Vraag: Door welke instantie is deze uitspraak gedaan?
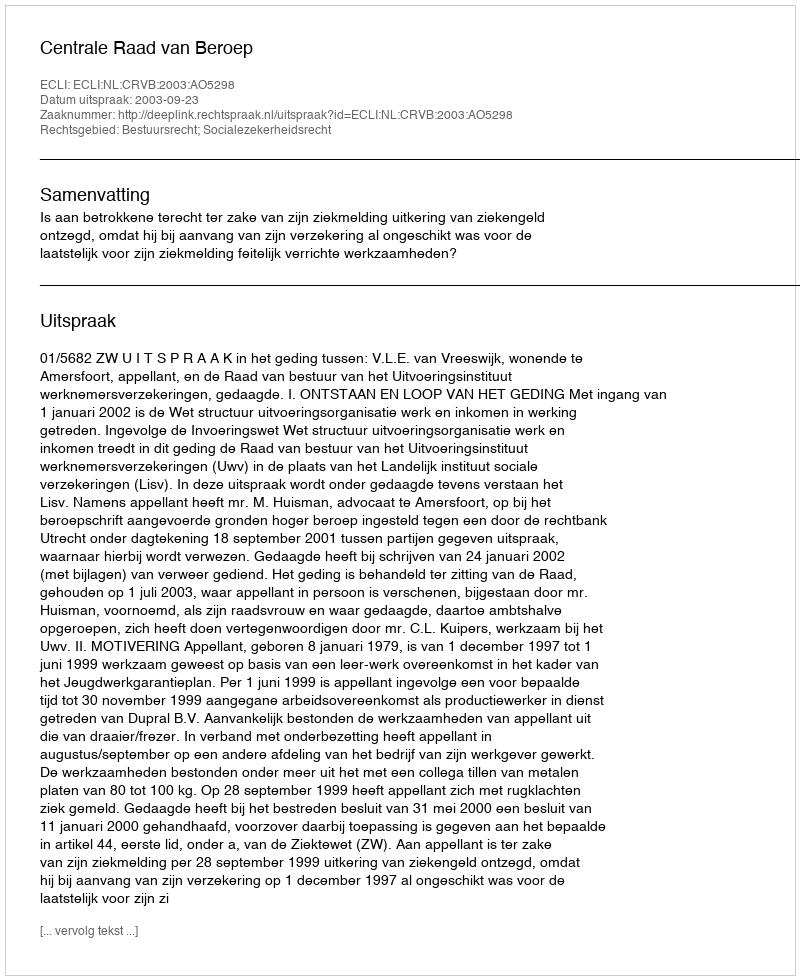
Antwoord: Centrale Raad van Beroep